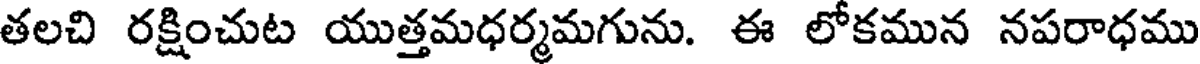
తలచి రక్షించుట యుత్తమధర్మమగును. ఈ లోకమున నపరాధము